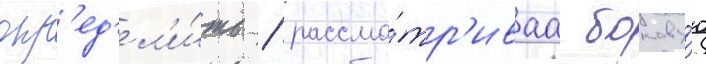
опр'ед'ел'и́ть / рассма́тр'иваа бокову́ю